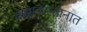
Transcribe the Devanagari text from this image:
कझाकस्तानात